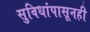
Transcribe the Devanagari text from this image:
सुविधांपासूनही